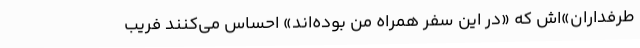
طرفداران‌»‌اش که «در این سفر همراه من بوده‌اند» احساس می‌کنند فریب